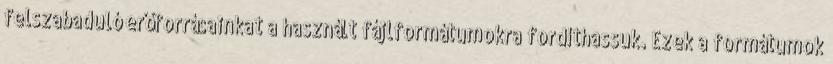
felszabaduló erőforrásainkat a használt fájlformátumokra fordíthassuk. Ezek a formátumok